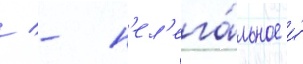
/ - н'ел'ега́льное и́